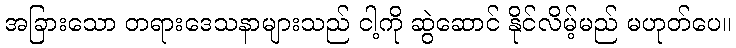
အခြားသော တရားဒေသနာများသည် ငါ့ကို ဆွဲဆောင် နိုင်လိမ့်မည် မဟုတ်ပေ။